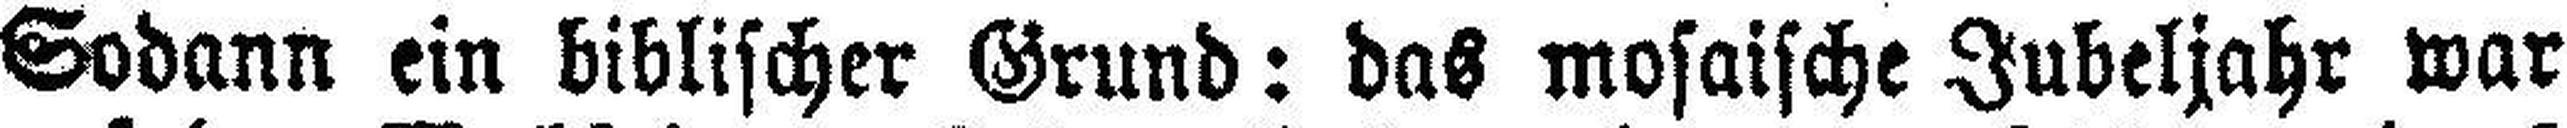
Sodann ein biblischer Grund: das mosaische Jubeljahr war